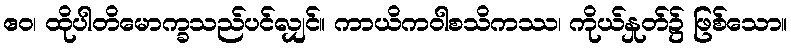
ဧဝ၊ ထိုပါတိမောက္ခသည်ပင်လျှင်။ ကာယိကဝါစသိကဿ၊ ကိုယ်နှုတ်၌ ဖြစ်သော။